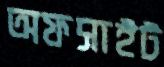
অফসাইট